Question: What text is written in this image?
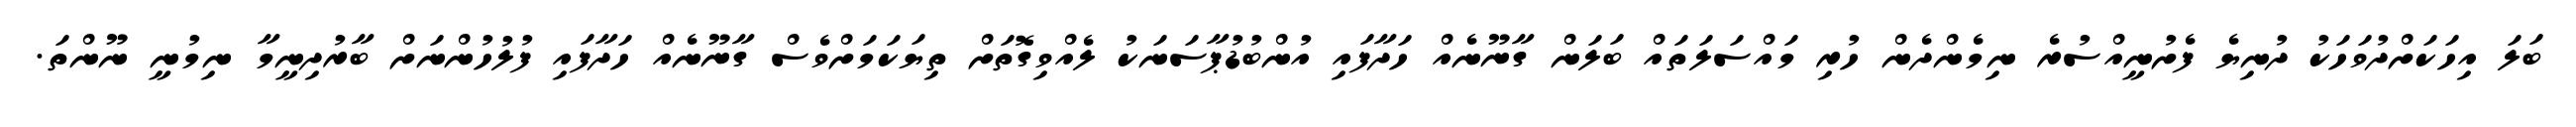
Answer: ބަލަ އިހަކަށްދުވަހަކު ދުނިޔެ ފެށުނީއްސުރެ ނިމެންދެން ހުރި މައްސަލަތައް ބަލަން ގާނޫނެއް ހަދާފައި އުންބުޑުޕާސަނަކު ލެއްވިގޮތަށް ތިޔަކަމަށްވެސް ގާނޫނެއް ހަދާފައި ފުލުހުންނަށް ބާރުދިނީމާ ނިމުނީ ނޫންތަ.